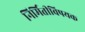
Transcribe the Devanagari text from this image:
निर्मितीविषयक